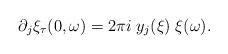
LaTeX: \begin{align*}\partial_j \xi_\tau(0,\omega)= 2 \pi i \; y_j(\xi) \; \xi(\omega). \end{align*}